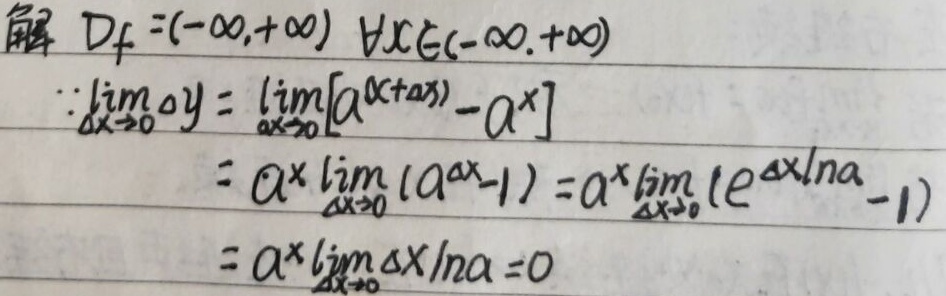
解：\(D_{f}=(-\infty,+\infty)\)，\(\forall x\in(-\infty,+\infty)\)。
\(\because\lim_{\Delta x\rightarrow0}\Delta y=\lim_{\Delta x\rightarrow0}[a^{x + \Delta x}-a^{x}]\)
\(=a^{x}\lim_{\Delta x\rightarrow0}(a^{\Delta x}-1)=a^{x}\lim_{\Delta x\rightarrow0}(e^{\Delta x\ln a}-1)\)
\(=a^{x}\lim_{\Delta x\rightarrow0}\Delta x\ln a = 0\)